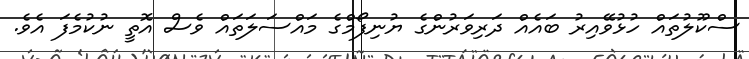
ސްކޫލުތައް ހުޅުވޭއިރު ބައެއް ދަރިވަރުންގެ ޔުނިފޯމްގެ މައްސަލަތައް ވެސް އޮތީ ނުކުމެފަ އެވެ.